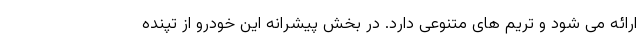
ارائه می شود و تریم های متنوعی دارد. در بخش پیشرانه این خودرو از تپنده